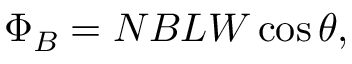
\Phi _ { B } = N B L W \cos { \theta } ,